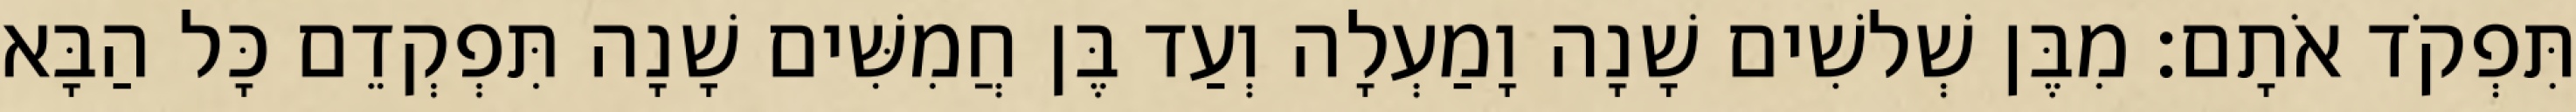
תִּפְקֹד אֹתָם׃ מִבֶּן שְׁלשִׁים שָׁנָה וָמַעְלָה וְעַד בֶּן חֲמִשִּׁים שָׁנָה תִּפְקְדֵם כָּל הַבָּא